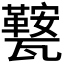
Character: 𭺧